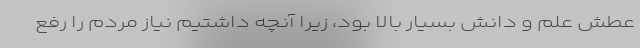
عطش علم و دانش بسیار بالا بود، زیرا آنچه داشتیم نیاز مردم را رفع